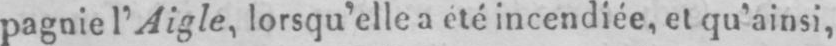
pagnie l’Aigle, lorsqu’elle a eté incendiée, et qu’ainsi,